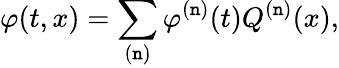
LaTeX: \varphi(t,x)=\sum_{(\mathtt{n})}\varphi^{(\mathtt{n})}(t)Q^{(\mathtt{n})}(x),